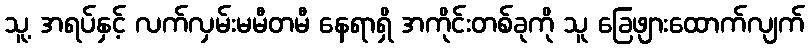
သူ့ အရပ်နှင့် လက်လှမ်းမမီတမီ နေရာရှိ အကိုင်းတစ်ခုကို သူ ခြေဖျားထောက်လျက်